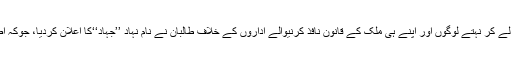
ایک دہائی پہلے اسلام کا نام لے کر نہتے لوگوں اور اپنے ہی ملک کے قانون نافذ کرنیوالے اداروں کے خلاف طالبان نے نام نہاد ’’جہاد‘‘کا اعلان کردیا، جوکہ اصل میں فساد فی الارض تھا۔